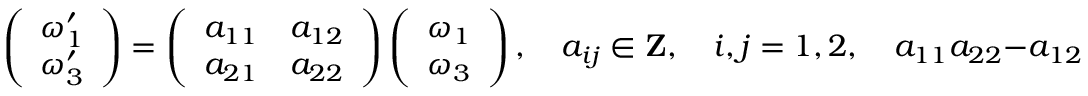
\left( \begin{array} { l } { { \omega _ { 1 } ^ { \prime } } } \\ { { \omega _ { 3 } ^ { \prime } } } \end{array} \right) = \left( \begin{array} { l l } { { a _ { 1 1 } } } & { { a _ { 1 2 } } } \\ { { a _ { 2 1 } } } & { { a _ { 2 2 } } } \end{array} \right) \left( \begin{array} { l } { { \omega _ { 1 } } } \\ { { \omega _ { 3 } } } \end{array} \right) , \quad a _ { i j } \in { \bf Z } , \quad i , j = 1 , 2 , \quad a _ { 1 1 } a _ { 2 2 } - a _ { 1 2 } a _ { 2 1 } = 1 .